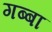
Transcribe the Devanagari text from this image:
गब्बा